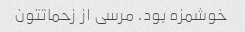
خوشمزه بود. مرسی از زحماتتون